Reports on dispensaries and lunatic asylums in the Province of Oudh - 1869-1876
Year: 1869
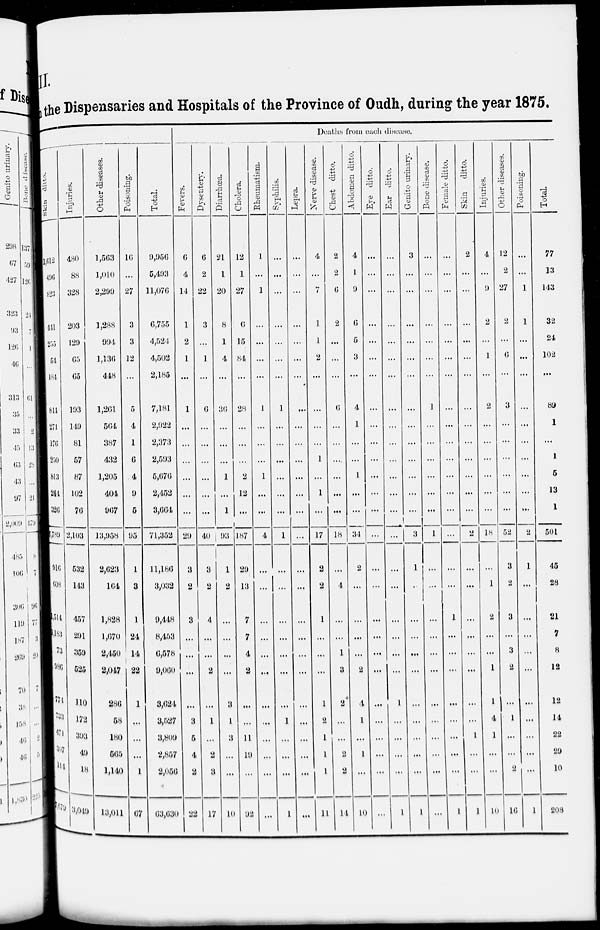
II.
the Dispensaries and Hospitals of the Province of Oudh, during the year 1875.
Skin
ditto.
1,612
496
823
441
255
54
184
844
271
176
250
813
244
326
6,789
916
608
1,514
1,183
73
986
774
733
471
307
114
7,679
Injuries.
480
88
328
203
129
65
65
193
149
81
57
87
102
76
2,103
532
143
457
291
359
525
110
172
393
49
18
3,049
Other diseases.
1,563
1,010
2,299
1,288
994
1,136
448
1,261
564
387
432
1,205
404
967
13,958
2,623
164
1,828
1,670
2,450
2,047
286
58
180
565
1,140
13,011
Poisoning.
16
...
27
3
3
12
...
5
4
1
6
4
9
5
95
1
3
1
24
14
22
1
...
...
...
1
67
Total.
9,956
5,493
11,076
6,755
4,524
4,502
2,185
7,181
2,922
2,373
2,593
5,676
2,452
3,664
71,352
11,186
3,032
9,448
8,453
6,578
9,060
3,624
3,527
3,809
2,857
2,056
63,630
Deaths from each disease.
Fevers.
6
4
14
1
2
1
...
1
...
...
...
...
...
...
29
3
2
3
...
...
...
...
3
5
4
2
22
Dysentery.
6
2
22
3
...
1
...
6
...
...
...
...
...
...
40
3
2
4
...
...
2
...
1
...
2
3
17
Diarrhœa.
21
1
20
8
1
4
...
36
...
...
...
1
...
1
93
1
2
...
...
...
...
3
1
3
...
...
10
Cholera.
12
1
27
6
15
84
...
28
...
...
...
2
12
...
187
29
13
7
7
4
2
...
...
11
19
...
92
Rheumatism.
1
...
1
...
...
...
...
1
...
...
...
1
...
...
4
...
...
...
...
...
...
...
...
...
...
...
...
Syphilis.
...
...
...
...
...
...
...
1
...
...
...
...
...
...
1
...
...
...
...
...
...
...
1
...
...
...
1
Lepra.
...
...
...
...
...
...
...
...
...
...
...
...
...
...
...
...
...
...
...
...
...
...
...
...
...
...
...
Nerve disease.
4
...
7
1
1
2
...
...
...
...
1
...
1
...
17
2
2
1
...
...
...
1
2
1
1
1
11
Chest ditto.
2
2
6
2
...
...
...
...
...
...
...
...
...
...
18
...
4
...
...
1
3
2
...
...
2
2
14
Abdomen ditto.
4
1
9
6
5
3
...
4
1
...
...
1
...
...
34
2
...
...
...
...
2
4
1
...
1
...
10
Eye ditto.
...
...
...
...
...
...
...
...
...
...
...
...
...
...
...
...
...
...
...
...
...
...
...
...
...
...
...
Ear ditto.
...
...
...
...
...
...
...
...
...
...
...
...
...
...
...
...
...
...
...
...
...
1
...
...
...
...
1
Genito urinary.
3
...
...
...
...
...
...
...
...
...
...
...
...
3
1
...
...
...
...
...
...
...
...
...
...
1
Bone disease.
...
...
...
...
...
...
...
1
...
...
...
...
...
...
1
...
...
...
...
...
...
...
...
...
...
...
...
Female ditto.
...
...
...
...
...
...
...
...
...
...
...
...
...
...
...
...
...
1
...
...
...
...
...
...
...
...
1
Skin
ditto.
2
...
...
...
...
...
...
...
...
...
...
...
...
...
...
...
...
...
...
...
...
...
1
...
...
1
Injuries.
4
...
9
2
...
1
...
2
...
...
...
...
...
...
18
...
1
2
...
...
1
1
4
1
...
...
10
Other diseases.
12
2
27
2
...
6
...
3
...
...
...
...
...
...
52
3
2
3
...
3
2
...
1
...
...
2
16
Poisoning.
...
...
1
1
...
...
...
...
...
...
...
...
...
...
2
1
...
...
...
...
...
...
...
...
...
...
1
Total
77
13
143
32
24
102
...
89
1
...
1
5
13
1
501
45
28
21
7
8
12
12
14
22
29
10
208